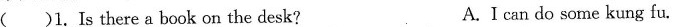
( )1.Is there a book on the desk? A.I can do some kung fu.